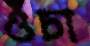
ওঁচা